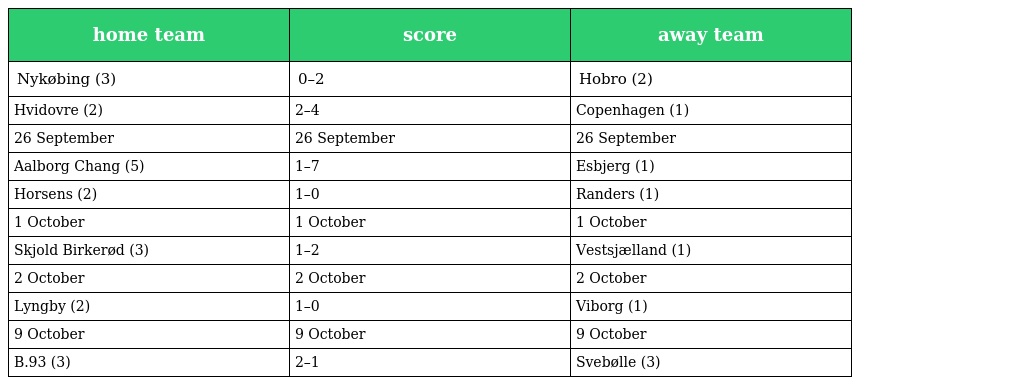
| home team | score | away team |
 | --- | --- | --- |
 | Nykøbing (3) | 0–2 | Hobro (2) |
 | Hvidovre (2) | 2–4 | Copenhagen (1) |
 | 26 September | 26 September | 26 September |
 | Aalborg Chang (5) | 1–7 | Esbjerg (1) |
 | Horsens (2) | 1–0 | Randers (1) |
 | 1 October | 1 October | 1 October |
 | Skjold Birkerød (3) | 1–2 | Vestsjælland (1) |
 | 2 October | 2 October | 2 October |
 | Lyngby (2) | 1–0 | Viborg (1) |
 | 9 October | 9 October | 9 October |
 | B.93 (3) | 2–1 | Svebølle (3) |